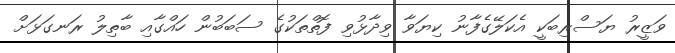
ވަޒީރު ޔަސްރިބަކީ އެކަލޭގެފާނު ކިޔަވާ ވިދާޅުވި ފޮތްތަކުގެ ސަބަބުން ހައްގާއި ބާތިލު ރަނގަޅަށް